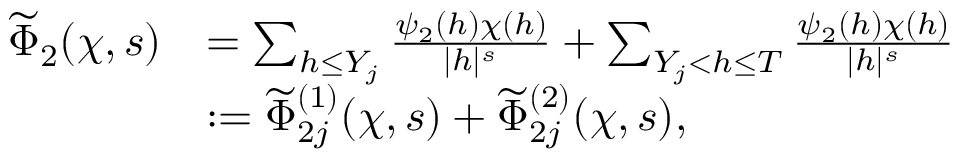
\begin{array} { r l } { \widetilde { \Phi } _ { 2 } { ( \chi , s ) } } & { = \sum _ { h \leq Y _ { j } } \frac { \psi _ { 2 } ( h ) \chi ( h ) } { | h | ^ { s } } + \sum _ { Y _ { j } < h \leq T } \frac { \psi _ { 2 } ( h ) \chi ( h ) } { | h | ^ { s } } } \\ & { : = \widetilde { \Phi } _ { 2 j } ^ { ( 1 ) } { ( \chi , s ) } + \widetilde { \Phi } _ { 2 j } ^ { ( 2 ) } { ( \chi , s ) } , } \end{array}